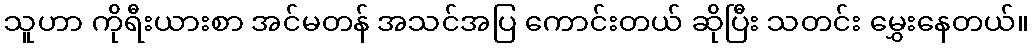
သူဟာ ကိုရီးယားစာ အင်မတန် အသင်အပြ ကောင်းတယ် ဆိုပြီး သတင်း မွှေးနေတယ်။